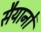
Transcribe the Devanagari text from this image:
सैयानों